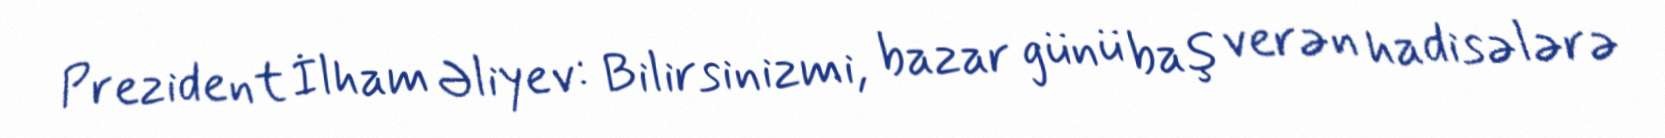
Prezident İlham Əliyev: Bilirsinizmi, bazar günü baş verən hadisələrə